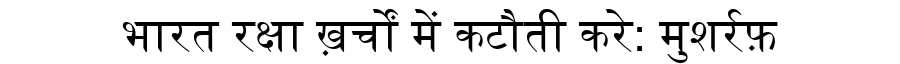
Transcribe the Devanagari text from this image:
भारत रक्षा ख़र्चों में कटौती करे: मुशर्रफ़